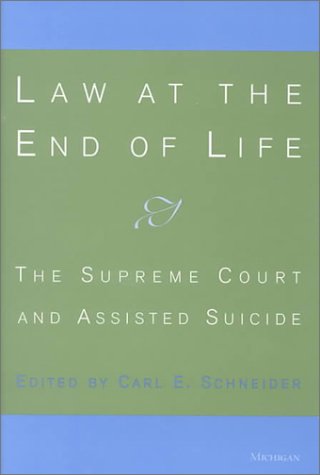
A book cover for Law at the End of Life: The Supreme Court and Assisted Suicide; Medical Books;